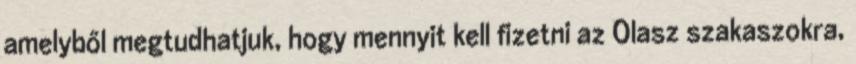
amelyből megtudhatjuk, hogy mennyit kell fizetni az Olasz szakaszokra,